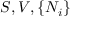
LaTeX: S , V , \{ N _ { i } \}